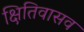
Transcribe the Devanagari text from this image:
क्षितिवासव